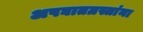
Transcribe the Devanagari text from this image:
अपघातग्रस्तांना